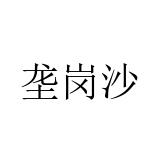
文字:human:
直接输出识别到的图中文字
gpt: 垄岗沙